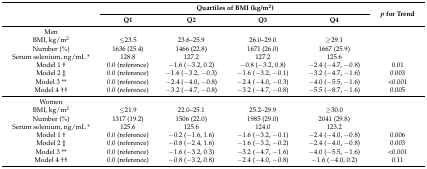
<table><thead><tr><td rowspan="2"></td><td colspan="4"><b>Quartiles of BMI (kg/m<sup>2</sup>)</b></td><td rowspan="2"><b><i>p</i> for Trend</b></td></tr><tr><td><b>Q1</b></td><td><b>Q2</b></td><td><b>Q3</b></td><td><b>Q4</b></td></tr></thead><tbody><tr><td>Men</td><td></td><td></td><td></td><td></td><td></td></tr><tr><td>BMI, kg/m<sup>2</sup></td><td>≤23.5</td><td>23.6–25.9</td><td>26.0–29.0</td><td>≥29.1</td><td></td></tr><tr><td>Number (%)</td><td>1636 (25.4)</td><td>1466 (22.8)</td><td>1671 (26.0)</td><td>1667 (25.9)</td><td></td></tr><tr><td>Serum selenium, ng/mL *</td><td>128.8</td><td>127.2</td><td>127.2</td><td>125.6</td><td></td></tr><tr><td>Model 1 †</td><td>0.0 (reference)</td><td>−1.6 (−3.2, 0.2)</td><td>−0.8 (−3.2, 0.8)</td><td>−2.4 (−4.7, −0.8)</td><td>0.01</td></tr><tr><td>Model 2 ‡</td><td>0.0 (reference)</td><td>−1.6 (−3.2, −0.3)</td><td>−1.6 (−3.2, −0.1)</td><td>−3.2 (−4.7, −1.6)</td><td>0.003</td></tr><tr><td>Model 3 **</td><td>0.0 (reference)</td><td>−2.4 (−4.0, −0.8)</td><td>−2.4 (−4.0, −0.3)</td><td>−4.0 (−5.5, −1.6)</td><td>&lt;0.001</td></tr><tr><td>Model 4 ††</td><td>0.0 (reference)</td><td>−3.2 (−4.7, −0.8)</td><td>−3.2 (−4.7, −0.8)</td><td>−5.5 (−8.7, −1.6)</td><td>0.005</td></tr><tr><td>Women</td><td></td><td></td><td></td><td></td><td></td></tr><tr><td>BMI, kg/m<sup>2</sup></td><td>≤21.9</td><td>22.0–25.1</td><td>25.2–29.9</td><td>≥30.0</td><td></td></tr><tr><td>Number (%)</td><td>1317 (19.2)</td><td>1506 (22.0)</td><td>1985 (29.0)</td><td>2041 (29.8)</td><td></td></tr><tr><td>Serum selenium, ng/mL *</td><td>125.6</td><td>125.6</td><td>124.0</td><td>123.2</td><td></td></tr><tr><td>Model 1 †</td><td>0.0 (reference)</td><td>−0.2 (−1.6, 1.6)</td><td>−1.6 (−3.2, −0.1)</td><td>−2.4 (−4.0, −0.8)</td><td>0.006</td></tr><tr><td>Model 2 ‡</td><td>0.0 (reference)</td><td>−0.8 (−2.4, 1.6)</td><td>−1.6 (−3.2, −0.2)</td><td>−2.4 (−4.0, −0.8)</td><td>0.003</td></tr><tr><td>Model 3 **</td><td>0.0 (reference)</td><td>−1.6 (−3.2, 0.3)</td><td>−3.2 (−4.7, −1.6)</td><td>−4.0 (−5.5, −1.6)</td><td>&lt;0.001</td></tr><tr><td>Model 4 ††</td><td>0.0 (reference)</td><td>−0.8 (−3.2, 0.8)</td><td>−2.4 (−4.0, −0.8)</td><td>−1.6 (−4.0, 0.2)</td><td>0.11</td></tr></tbody></table>